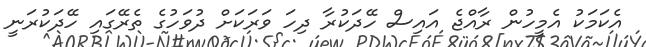
އެކަމަކު އެމީހުން ރާއްޖެ އައިސް ހޭދަކުރާ ދިހަ ވަރަކަށް ދުވަހުގެ ތެރޭގައި ހޭދަކުރަނީ